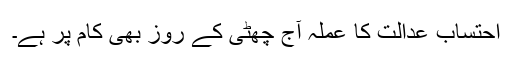
احتساب عدالت کا عملہ آج چھٹی کے روز بھی کام پر ہے۔